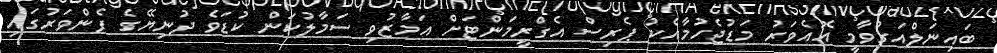
ބައިނަލްއަގުވާމީ އޮއެވަރު މަޑުޖެހުމާއެކު ޕެރިސް އެގްރީމަންޓަށް އަމާޒުވި ސަމާލުކަން ކުޑަވެ ދުނިޔޭގެ ފެންވަރުގައި